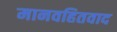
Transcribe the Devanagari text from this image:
मानवहितवाद